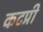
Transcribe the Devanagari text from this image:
कटप्री